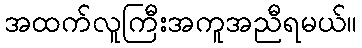
အထက်လူကြီးအကူအညီရမယ်။